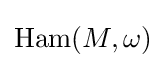
\operatorname {Ham} (M,\omega )